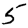
Digit: 5